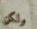
ولكن